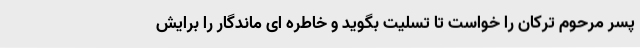
پسر مرحوم ترکان را خواست تا تسلیت بگوید و خاطره ای ماندگار را برایش